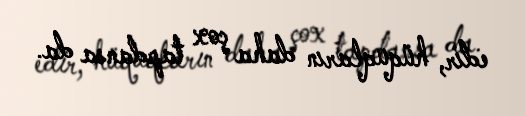
edir, hüquqların daha çox tapdansa da.